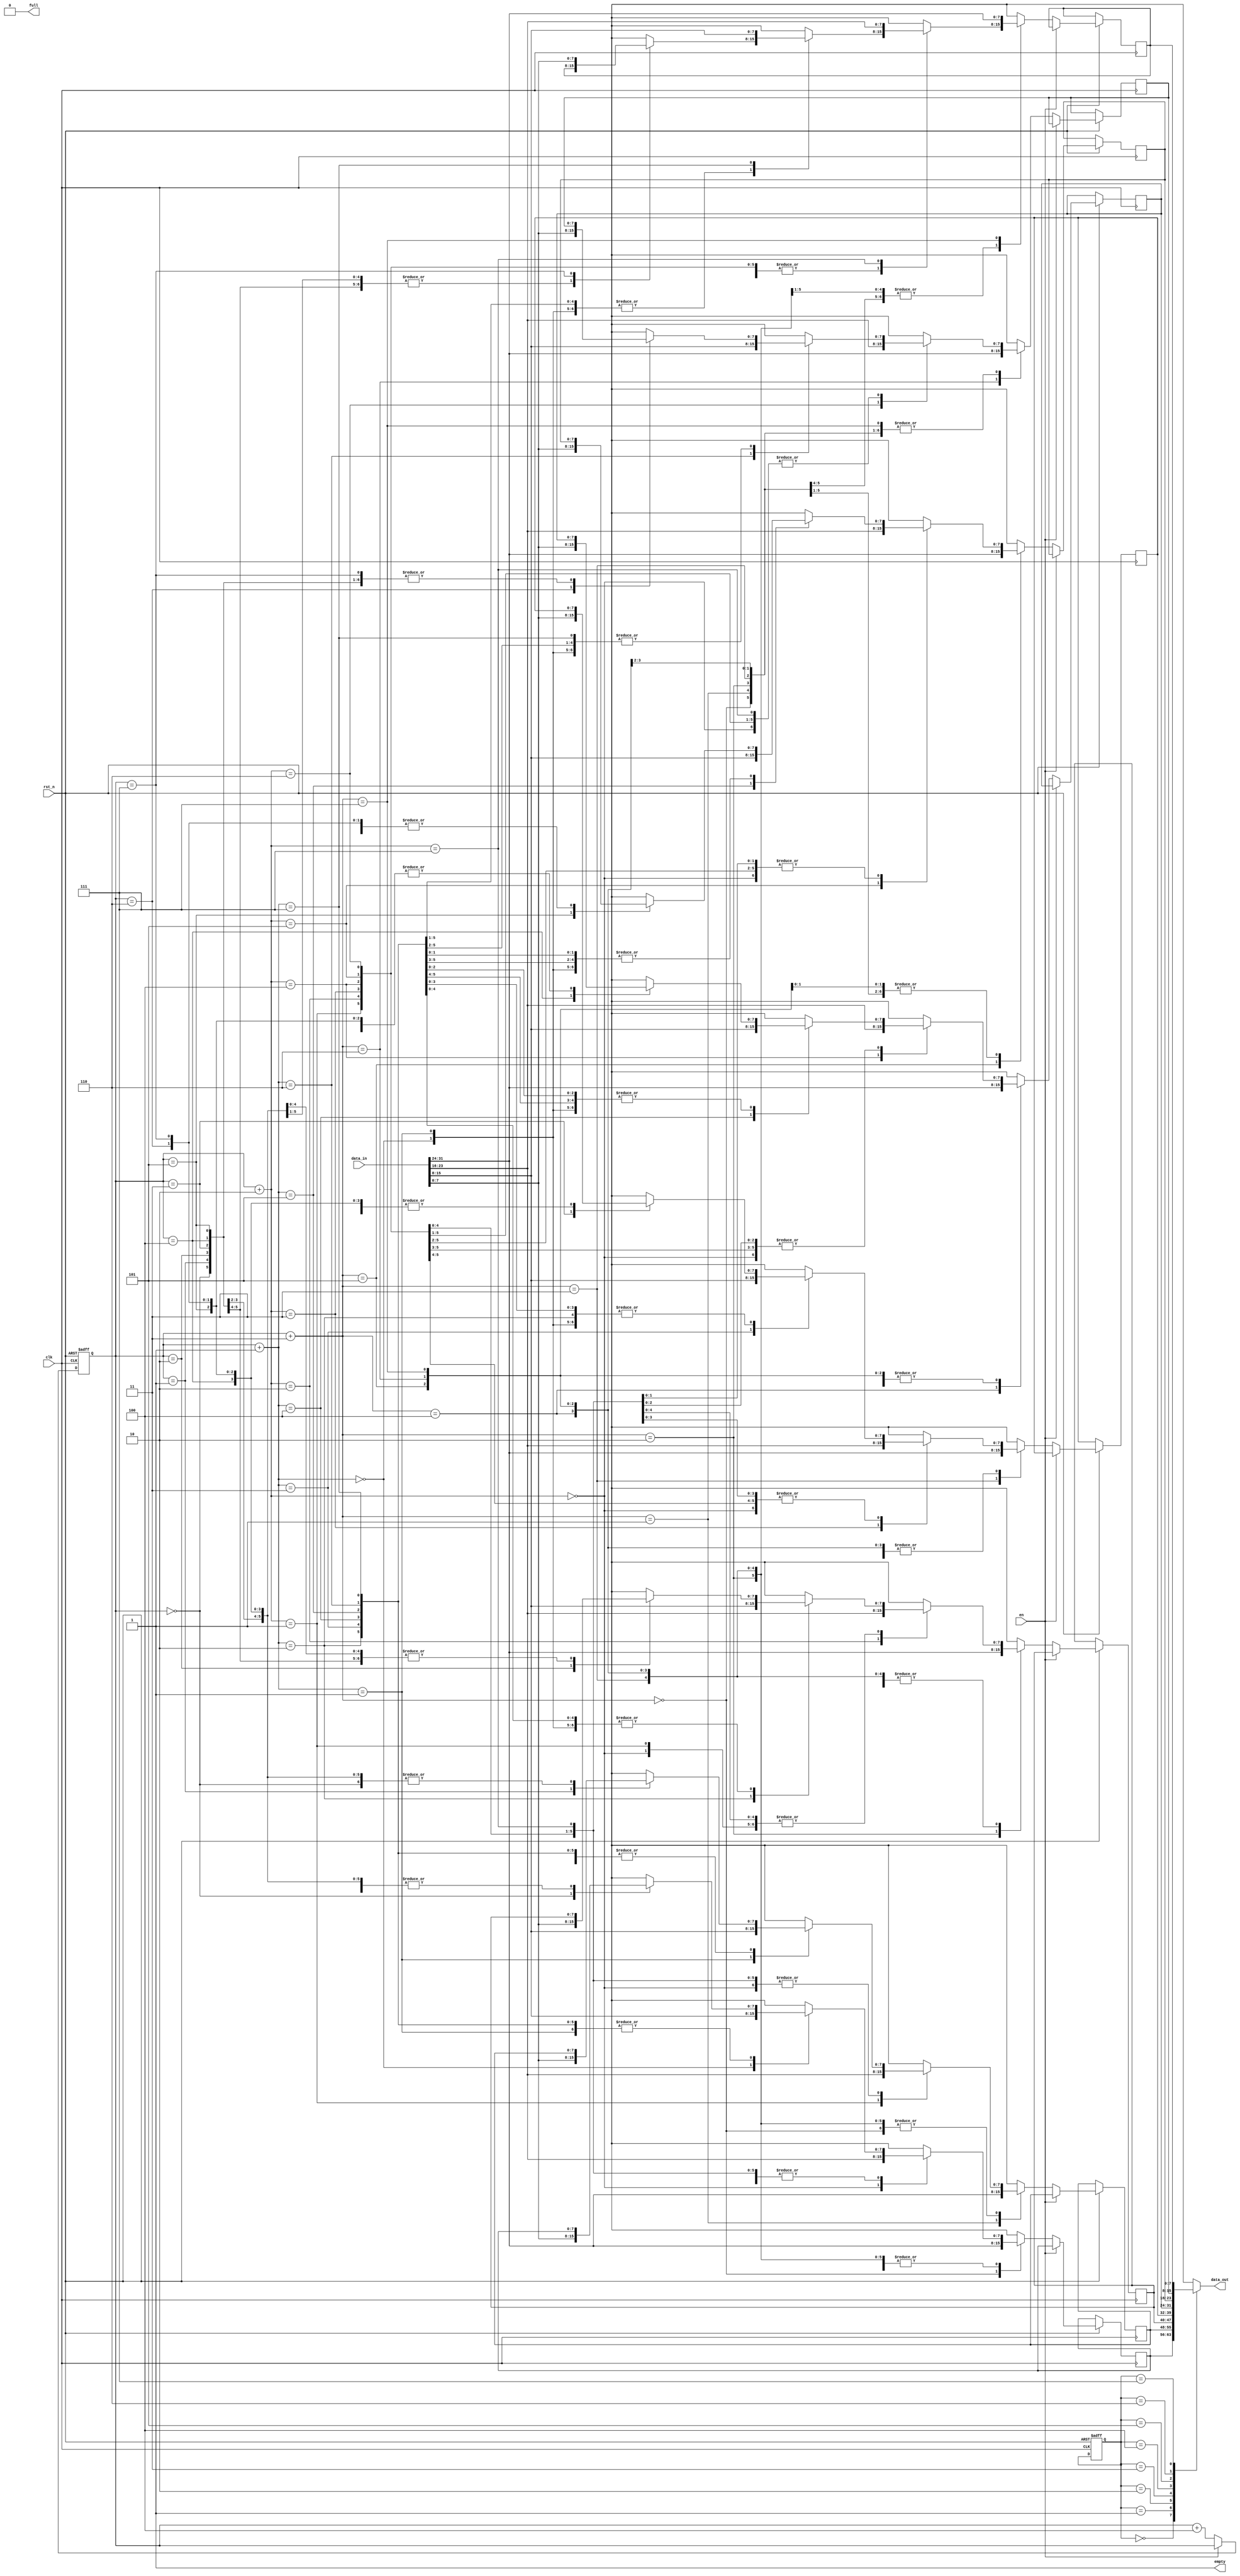
module FIFO_FWFT(
  input clk,
  input rst_n,
  input [31:0] data_in,
  input en,
  
  output [7:0] data_out,
  output empty,
  output full
);

reg [7:0] mem [7:0];
reg [2:0] count = 0;
reg [2:0] write_count = 0;
reg [2:0] read_count = 0;
assign empty = (count == 0) ? 1'b1  : 1'b0;
assign full = (count == 8) ? 1'b1 : 1'b0;
always@(posedge clk or negedge rst_n)
begin
  if(~rst_n) begin
    write_count <= 0;
    read_count <= 0;
  end
  else
    if(en && count != 0)
      begin
        read_count <= read_count + 1;
      end
    else if(~en && count < 4)
      begin
        mem[write_count]      =     data_in[7:0];
        mem[write_count+1]    =     data_in[15:8];
        mem[write_count+2]    =     data_in[23:16];
        mem[write_count+3]    =     data_in[31:24];
        write_count <= write_count + 4;
      end
end
assign data_out = mem[read_count];
endmodule